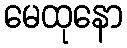
မေထုနော